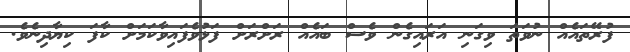
ފުރޭތައެއް ނުވަތަ ވިގަނި އަރައިގެން ވެސް ބައެއް ރަށްރަށް ފަޅުވެފައިވާކަމަށް ކާފަ ކިޔާދިނެވެ.